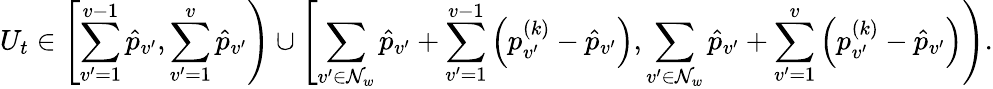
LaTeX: U_{t}\in\left[\sum_{v^{\prime}=1}^{v-1}\hat{p}_{v^{\prime}},\sum_{v^{\prime}=1}^{v}\hat{p}_{v^{\prime}}\right)\cup\left[\sum_{v^{\prime}\in\mathcal{N}_{w}}\hat{p}_{v^{\prime}}+\sum_{v^{\prime}=1}^{v-1}\left(p_{v^{\prime}}^{(k)}-\hat{p}_{v^{\prime}}\right),\sum_{v^{\prime}\in\mathcal{N}_{w}}\hat{p}_{v^{\prime}}+\sum_{v^{\prime}=1}^{v}\left(p_{v^{\prime}}^{(k)}-\hat{p}_{v^{\prime}}\right)\right).